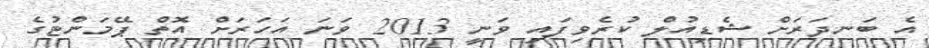
އެ ބަނދަރަށް ޝެޑިއުލް ކުރެވިފައި ވަނީ 2013 ވަނަ އަހަރަށް އޮތް ޕޭމަންޓުގެ